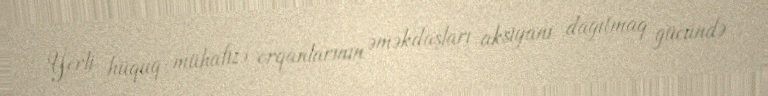
Yerli hüquq-mühafizə orqanlarının əməkdaşları aksiyanı dağıtmaq gücündə